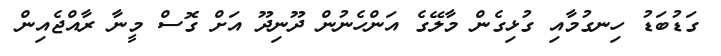
ގަޑުބަޑު ހިނގުމާއި ގުޅިގެން މާލޭގެ އަންހެނުން ދޫނިދޫ އަށް ގޮސް މީނާ ރާއްޖެއިން